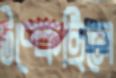
টপ্‌কেছিলে